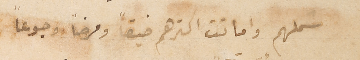
شملهم واماتت اكثرهم ضيقاً ومرضاً وجوعاً